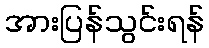
အားပြန်သွင်းရန်